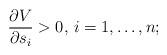
LaTeX: \begin{align*} \frac{\partial V}{\partial s_i}>0, \, i=1,\dots, n; \end{align*}